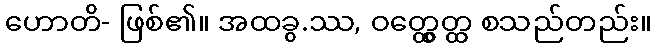
ဟောတိ- ဖြစ်၏။ အထခွ.ဿ, ဝတ္ထွေတ္ထ စသည်တည်း။